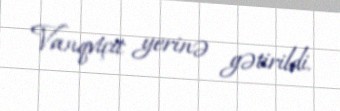
Vanqviçit yerinə gətirildi.